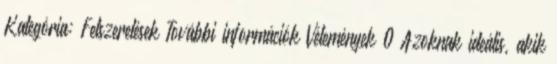
Kategória: Felszerelések További információk Vélemények 0 Azoknak ideális, akik